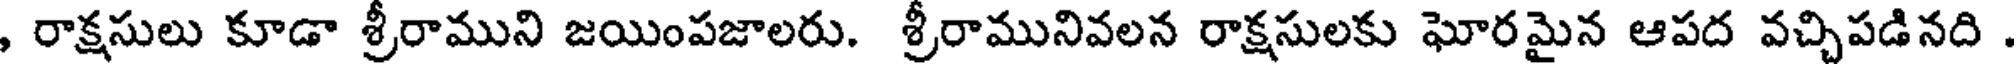
, రాక్షసులు కూడా శ్రీరాముని జయింపజాలరు. శ్రీరామునివలన రాక్షసులకు ఘోరమైన ఆపద వచ్చిపడినది .